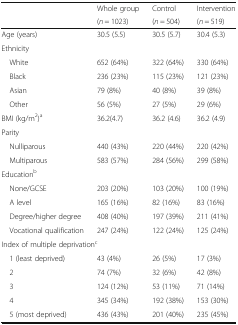
<table><thead><tr><td rowspan="2"></td><td><b>Whole group</b></td><td><b>Control</b></td><td><b>Intervention</b></td></tr><tr><td><b>(<i>n</i> = 1023)</b></td><td><b>(<i>n</i> = 504)</b></td><td><b>(<i>n</i> = 519)</b></td></tr></thead><tbody><tr><td>Age (years)</td><td>30.5 (5.5)</td><td>30.5 (5.7)</td><td>30.4 (5.3)</td></tr><tr><td colspan="4">Ethnicity</td></tr><tr><td> White</td><td>652 (64%)</td><td>322 (64%)</td><td>330 (64%)</td></tr><tr><td> Black</td><td>236 (23%)</td><td>115 (23%)</td><td>121 (23%)</td></tr><tr><td> Asian</td><td>79 (8%)</td><td>40 (8%)</td><td>39 (8%)</td></tr><tr><td> Other</td><td>56 (5%)</td><td>27 (5%)</td><td>29 (6%)</td></tr><tr><td>BMI (kg/m<sup>2</sup>)<sup>a</sup></td><td>36.2(4.7)</td><td>36.2 (4.6)</td><td>36.2 (4.9)</td></tr><tr><td colspan="4">Parity</td></tr><tr><td> Nulliparous</td><td>440 (43%)</td><td>220 (44%)</td><td>220 (42%)</td></tr><tr><td> Multiparous</td><td>583 (57%)</td><td>284 (56%)</td><td>299 (58%)</td></tr><tr><td colspan="4">Education<sup>b</sup></td></tr><tr><td> None/GCSE</td><td>203 (20%)</td><td>103 (20%)</td><td>100 (19%)</td></tr><tr><td> A level</td><td>165 (16%)</td><td>82 (16%)</td><td>83 (16%)</td></tr><tr><td> Degree/higher degree</td><td>408 (40%)</td><td>197 (39%)</td><td>211 (41%)</td></tr><tr><td> Vocational qualification</td><td>247 (24%)</td><td>122 (24%)</td><td>125 (24%)</td></tr><tr><td colspan="4">Index of multiple deprivation<sup>c</sup></td></tr><tr><td> 1 (least deprived)</td><td>43 (4%)</td><td>26 (5%)</td><td>17 (3%)</td></tr><tr><td> 2</td><td>74 (7%)</td><td>32 (6%)</td><td>42 (8%)</td></tr><tr><td> 3</td><td>124 (12%)</td><td>53 (11%)</td><td>71 (14%)</td></tr><tr><td> 4</td><td>345 (34%)</td><td>192 (38%)</td><td>153 (30%)</td></tr><tr><td> 5 (most deprived)</td><td>436 (43%)</td><td>201 (40%)</td><td>235 (45%)</td></tr></tbody></table>